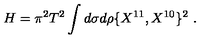
H = \pi ^ { 2 } T ^ { 2 } \int d \sigma d \rho \{ X ^ { 1 1 } , X ^ { 1 0 } \} ^ { 2 } \ .